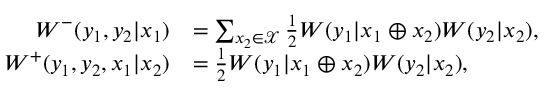
\begin{array} { r l } { W ^ { - } ( y _ { 1 } , y _ { 2 } | x _ { 1 } ) } & { = \sum _ { x _ { 2 } \in \mathcal { X } } \frac { 1 } { 2 } W ( y _ { 1 } | x _ { 1 } \oplus x _ { 2 } ) W ( y _ { 2 } | x _ { 2 } ) , } \\ { W ^ { + } ( y _ { 1 } , y _ { 2 } , x _ { 1 } | x _ { 2 } ) } & { = \frac { 1 } { 2 } W ( y _ { 1 } | x _ { 1 } \oplus x _ { 2 } ) W ( y _ { 2 } | x _ { 2 } ) , } \end{array}